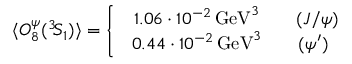
\langle { \cal O } _ { 8 } ^ { \psi } ( { } ^ { 3 } \! S _ { 1 } ) \rangle = \left\{ \begin{array} { c } { { \, \, \, 1 . 0 6 \cdot 1 0 ^ { - 2 } \, \mathrm { G e V } ^ { 3 } \qquad ( J / \psi ) } } \\ { { \! 0 . 4 4 \cdot 1 0 ^ { - 2 } \, \mathrm { G e V } ^ { 3 } \qquad ( \psi ^ { \prime } ) } } \end{array} \right.